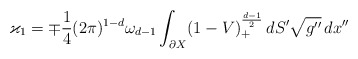
\begin{align*}\varkappa_1=\mp {\frac{1}{4}}(2\pi )^{1-d}\omega_{d-1}\int_{\partial X}(1-V)_+^{\frac{d-1}{2}}\,dS'\sqrt{g''}\,dx''\end{align*}